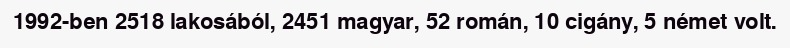
1992-ben 2518 lakosából, 2451 magyar, 52 román, 10 cigány, 5 német volt.